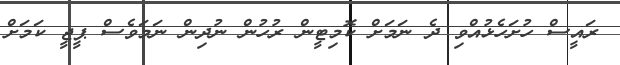
ރައީސް ހުށަހެޅުއްވި ދެ ނަމަށް ކޮމިޓީން ރުހުން ނުދިން ނަމަވެސް ޕީޖީ ކަމަށް